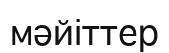
мәйіттер